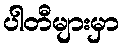
ပါတီများမှာ